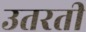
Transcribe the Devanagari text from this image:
उतरतीं